Problem: 4 × 4 = ?
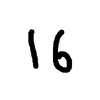
Handwritten answer: 16